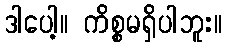
ဒါပေါ့။ ကိစ္စမရှိပါဘူး။